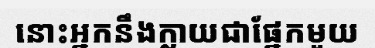
នោះអ្នកនឹងក្លាយជាផ្នែកមួយ